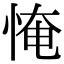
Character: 㤿